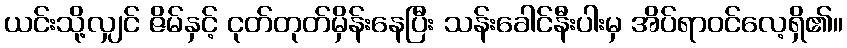
ယင်းသို့လျှင် ဇိမ်နှင့် ငုတ်တုတ်မှိန်းနေပြီး သန်းခေါင်နီးပါးမှ အိပ်ရာဝင်လေ့ရှိ၏။